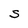
Character: S